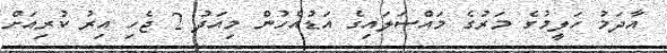
އާދަމު ހަލީމުގެ މަރުގެ މައްސަލައިގެ އަޑުއެހުން މިއަދު 2 ޖެހި އިރު ކުރިއަށް